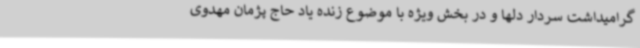
گرامیداشت سردار دلها و در بخش ویژه با موضوع زنده یاد حاج پژمان مهدوی